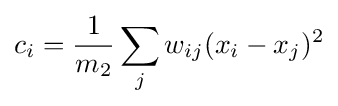
c_{i}={\frac {1}{m_{2}}}\sum _{j}w_{ij}(x_{i}-x_{j})^{2}